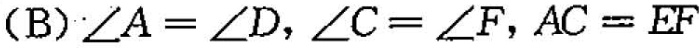
(B) $$∠ A = ∠ D$$，$$∠ C = ∠ F$$，$$A C = E F$$